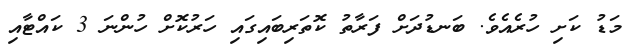
މަޑު ކަށި ހުރެއެވެ. ބަނޑުދަށް ފަރާތު ކޮތަރިބައިގައި ހަރުކޮށް ހުންނަ 3 ކައްޓާއި